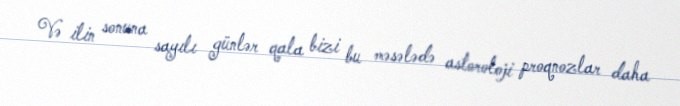
Və ilin sonuna sayılı günlər qala bizi bu məsələdə astoroloji proqnozlar daha